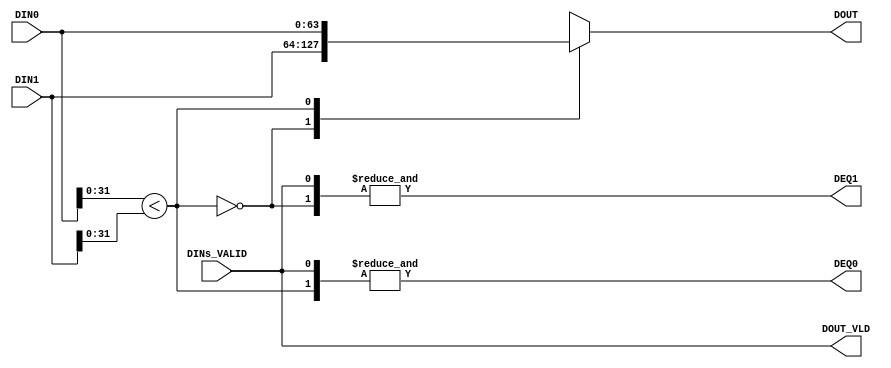
/******************************************************************************/
/* A merge sorter tree                                       Ryohei Kobayashi */
/*                                                         Version 2017-12-09 */
/******************************************************************************/
`default_nettype none

/***** A sorter cell                                                      *****/
/******************************************************************************/
module SORTER_CELL #(parameter              DATW = 64,
                     parameter              KEYW = 32)
                    (input  wire [DATW-1:0] DIN0,
                     input  wire [DATW-1:0] DIN1,
                     input  wire            DINs_VALID,
                     output wire            DEQ0,
                     output wire            DEQ1,
                     output wire [DATW-1:0] DOUT,
                     output wire            DOUT_VLD);

  function [DATW-1:0] mux;
    input [DATW-1:0] a;
    input [DATW-1:0] b;
    input            sel;
    begin
      case (sel)
        1'b0: mux = a;
        1'b1: mux = b;
      endcase
    end
  endfunction

  wire comp_rslt = (DIN0[KEYW-1:0] < DIN1[KEYW-1:0]);
  wire enq       = DINs_VALID;

  assign DEQ0     = &{enq,  comp_rslt};
  assign DEQ1     = &{enq, ~comp_rslt};
  assign DOUT     = mux(DIN1, DIN0, comp_rslt);
  assign DOUT_VLD = enq;
  
endmodule


/***** A FIFO with only two entries                                       *****/
/******************************************************************************/
module TWO_ENTRY_FIFO #(parameter                    FIFO_WIDTH = 64)  // fifo width in bit
                       (input  wire                  CLK, 
                        input  wire                  RST, 
                        input  wire                  enq, 
                        input  wire                  deq, 
                        input  wire [FIFO_WIDTH-1:0] din, 
                        output wire [FIFO_WIDTH-1:0] dot, 
                        output wire                  emp, 
                        output wire                  full, 
                        output reg  [1:0]            cnt);
  
  reg                  head, tail;
  reg [FIFO_WIDTH-1:0] mem [1:0];

  assign emp  = (cnt == 0);
  // assign full = (cnt == 2);
  assign full = (cnt >= 1);
  assign dot  = mem[head];

  always @(posedge CLK) begin
    if (RST) {cnt, head, tail} <= 0;
    else begin
      case ({enq, deq})
        2'b01: begin                 head<=~head;              cnt<=cnt-1; end
        2'b10: begin mem[tail]<=din;              tail<=~tail; cnt<=cnt+1; end
        2'b11: begin mem[tail]<=din; head<=~head; tail<=~tail;             end
      endcase
    end
  end
  
endmodule


/***** A Distributed RAM-based FIFO                                       *****/
/******************************************************************************/
module DFIFO #(parameter                    FIFO_SIZE  =  4,  // size in log scale, 4 for 16 entry
               parameter                    FIFO_WIDTH = 32)  // fifo width in bit
              (input  wire                  CLK, 
               input  wire                  RST, 
               input  wire                  enq, 
               input  wire                  deq, 
               input  wire [FIFO_WIDTH-1:0] din, 
               output wire [FIFO_WIDTH-1:0] dot, 
               output wire                  emp, 
               output wire                  full, 
               output reg  [FIFO_SIZE:0]    cnt);
  
  reg [FIFO_SIZE-1:0]  head, tail;
  reg [FIFO_WIDTH-1:0] mem [(1<<FIFO_SIZE)-1:0];

  assign emp  = (cnt==0);
  assign full = (cnt>=(1<<FIFO_SIZE)-1);
  assign dot  = mem[head];
  
  always @(posedge CLK) begin
    if (RST) {cnt, head, tail} <= 0;
    else begin
      case ({enq, deq})
        2'b01: begin                 head<=head+1;               cnt<=cnt-1; end
        2'b10: begin mem[tail]<=din;               tail<=tail+1; cnt<=cnt+1; end
        2'b11: begin mem[tail]<=din; head<=head+1; tail<=tail+1;             end
      endcase
    end
  end
endmodule


/***** An SRL(Shift Register LUT)-based FIFO                              *****/
/******************************************************************************/
module SRL_FIFO #(parameter                    FIFO_SIZE  = 4,   // size in log scale, 4 for 16 entry
                  parameter                    FIFO_WIDTH = 32)  // fifo width in bit
                 (input  wire                  CLK,
                  input  wire                  RST,
                  input  wire                  enq,
                  input  wire                  deq,
                  input  wire [FIFO_WIDTH-1:0] din,
                  output wire [FIFO_WIDTH-1:0] dot,
                  output wire                  emp,
                  output wire                  full,
                  output reg  [FIFO_SIZE:0]    cnt);

  reg  [FIFO_SIZE-1:0]  head;
  reg  [FIFO_WIDTH-1:0] mem [(1<<FIFO_SIZE)-1:0];
  
  assign emp  = (cnt==0);
  assign full = (cnt==(1<<FIFO_SIZE));
  assign dot  = mem[head];
    
  always @(posedge CLK) begin
    if (RST) begin
      cnt  <= 0;
      head <= {(FIFO_SIZE){1'b1}};
    end else begin
      case ({enq, deq})
        2'b01: begin cnt <= cnt - 1; head <= head - 1; end
        2'b10: begin cnt <= cnt + 1; head <= head + 1; end
      endcase
    end
  end

  integer i;
  always @(posedge CLK) begin
    if (enq) begin
      mem[0] <= din;
      for (i=1; i<(1<<FIFO_SIZE); i=i+1) mem[i] <= mem[i-1];
    end
  end
  
endmodule


/*****  A multi-channel FIFO                                              *****/
/******************************************************************************/
module MULTI_CHANNEL_FIFO #(parameter                    C_LOG      = 2,  // # of channels in log scale
                            parameter                    FIFO_SIZE  = 2,  // FIFO depth of each channel in log scale
                            parameter                    FIFO_WIDTH = 32)
                           (input  wire                  CLK,
                            input  wire                  RST,
                            input  wire                  same_request,
                            input  wire                  enq,
                            input  wire [C_LOG-1:0]      enq_idx,
                            input  wire                  deq,
                            input  wire [C_LOG-1:0]      deq_idx,
                            input  wire [C_LOG-1:0]      _deq_idx,
                            input  wire [FIFO_WIDTH-1:0] din,
                            output reg  [FIFO_WIDTH-1:0] dot,
                            output wire [(1<<C_LOG)-1:0] emp,
                            output wire [(1<<C_LOG)-1:0] full,
                            output wire [(1<<C_LOG)-1:0] one_elem);

  // FIFO_SIZE-1 -> FIFO_SIZE (to generate emp and full)
  reg [FIFO_SIZE:0] head_list [(1<<C_LOG)-1:0];
  reg [FIFO_SIZE:0] tail_list [(1<<C_LOG)-1:0];

  reg [FIFO_WIDTH-1:0] mem [(1<<(C_LOG+FIFO_SIZE))-1:0];
     
  genvar i;
  generate
    for (i=0; i<(1<<C_LOG); i=i+1) begin: channels
      wire [FIFO_SIZE:0] next_head = head_list[i] + 1;
      assign emp[i]      = (head_list[i] == tail_list[i]);
      assign full[i]     = (head_list[i] == {~tail_list[i][FIFO_SIZE], tail_list[i][FIFO_SIZE-1:0]});
      assign one_elem[i] = (next_head == tail_list[i]);
    end
  endgenerate
  
  wire [(C_LOG+FIFO_SIZE)-1:0] raddr = {_deq_idx, head_list[_deq_idx][FIFO_SIZE-1:0]};
  wire [(C_LOG+FIFO_SIZE)-1:0] waddr = {enq_idx, tail_list[enq_idx][FIFO_SIZE-1:0]};
  wire [(C_LOG+FIFO_SIZE)-1:0] raddr_4_same_req = {_deq_idx, (head_list[_deq_idx][FIFO_SIZE-1:0] + 1'b1)};
  
  always @(posedge CLK) dot <= mem[(same_request) ? raddr_4_same_req : raddr];

  integer p;
  always @(posedge CLK) begin
    if (RST) begin
      for (p=0; p<(1<<C_LOG); p=p+1) begin
        head_list[p] <= 0; 
        tail_list[p] <= 0;
      end
    end else begin
      case ({enq, deq})
        2'b01: begin 
          head_list[deq_idx] <= head_list[deq_idx] + 1;
        end
        2'b10: begin 
          mem[waddr]         <= din;
          tail_list[enq_idx] <= tail_list[enq_idx] + 1; 
        end
        2'b11: begin 
          mem[waddr]         <= din; 
          head_list[deq_idx] <= head_list[deq_idx] + 1; 
          tail_list[enq_idx] <= tail_list[enq_idx] + 1; 
        end
      endcase
    end
  end
  
endmodule
  

/*****  A Block RAM-based buffer layer                                    *****/
/******************************************************************************/
module RAM_LAYER #(parameter                    W_LOG      = 2,
                   parameter                    FIFO_SIZE  = 2,
                   parameter                    FIFO_WIDTH = 32)
                  (input  wire                  CLK,
                   input  wire                  RST,
                   input  wire                  SAME_REQUEST,  // note!!!
                   input  wire                  ENQ,
                   input  wire [W_LOG-1:0]      ENQ_IDX,
                   input  wire                  DEQ0,
                   input  wire                  DEQ1,
                   input  wire [W_LOG-2:0]      DEQ_IDX,
                   input  wire [W_LOG-2:0]      _DEQ_IDX,
                   input  wire [FIFO_WIDTH-1:0] DIN, 
                   output wire [FIFO_WIDTH-1:0] DOT0,
                   output wire [FIFO_WIDTH-1:0] DOT1,
                   output wire                  EMP0,
                   output wire                  EMP1,
                   output wire                  ONE_ELEM0,
                   output wire                  ONE_ELEM1);

  wire                      even_enq = &{ENQ, ~ENQ_IDX[0]};
  wire                      odd_enq  = &{ENQ,  ENQ_IDX[0]};
  wire [W_LOG-2:0]          enq_idx  = (ENQ_IDX >> 1);
  wire                      even_deq = DEQ0;
  wire                      odd_deq  = DEQ1;
  wire [W_LOG-2:0]          deq_idx  = DEQ_IDX;
  wire [W_LOG-2:0]          _deq_idx = _DEQ_IDX;
  wire [FIFO_WIDTH-1:0]     din      = DIN;
  wire [FIFO_WIDTH-1:0]     even_dot, odd_dot;
  wire [(1<<(W_LOG-1))-1:0] even_emp, odd_emp;
  wire [(1<<(W_LOG-1))-1:0] even_full, odd_full;
  wire [(1<<(W_LOG-1))-1:0] even_one_elem, odd_one_elem;
  
  MULTI_CHANNEL_FIFO #((W_LOG-1), FIFO_SIZE, FIFO_WIDTH)
  even_numbered_fifo(CLK, RST, SAME_REQUEST, even_enq, enq_idx, even_deq, deq_idx, _deq_idx, din, 
                     even_dot, even_emp, even_full, even_one_elem);
  MULTI_CHANNEL_FIFO #((W_LOG-1), FIFO_SIZE, FIFO_WIDTH)
  odd_numbered_fifo(CLK, RST, SAME_REQUEST, odd_enq, enq_idx, odd_deq, deq_idx, _deq_idx, din, 
                    odd_dot, odd_emp, odd_full, odd_one_elem);
  
  // Output
  assign DOT0 = even_dot;
  assign DOT1 = odd_dot;
  assign EMP0 = even_emp[_deq_idx];
  assign EMP1 = odd_emp[_deq_idx];
  assign ONE_ELEM0 = even_one_elem[_deq_idx];
  assign ONE_ELEM1 = odd_one_elem[_deq_idx];
  
endmodule


/*****  A body of the sorter stage                                        *****/
/******************************************************************************/
module SORTER_STAGE_BODY #(parameter               W_LOG     = 2,
                           parameter               Q_SIZE    = 2,
                           parameter               FIFO_SIZE = 2,
                           parameter               DATW      = 64,
                           parameter               KEYW      = 32) 
                          (input  wire             CLK,
                           input  wire             RST,
                           input  wire             QUEUE_IN_FULL,
                           input  wire [W_LOG-2:0] I_REQUEST,
                           input  wire             I_REQUEST_VALID,
                           input  wire [DATW-1:0]  DIN,
                           input  wire             DINEN,
                           input  wire [W_LOG-1:0] DIN_IDX,
                           output wire             QUEUE_FULL,
                           output wire [W_LOG-1:0] O_REQUEST,
                           output wire             O_REQUEST_VALID,
                           output wire [DATW-1:0]  DOT,
                           output wire             DOTEN,
                           output wire [W_LOG-2:0] DOT_IDX);
  
  function [W_LOG-1:0] request_gen;
    input [W_LOG-1:0] in;
    input [1:0]       sel;
    begin
      case (sel)
        2'b01: request_gen = (in << 1);
        2'b10: request_gen = (in << 1) + 1;
      endcase
    end
  endfunction
  
  wire             queue_enq;
  wire             queue_deq;
  wire [W_LOG-2:0] queue_din;
  wire [W_LOG-2:0] queue_dot;
  wire             queue_emp;
  wire             queue_ful; 
  wire [Q_SIZE:0]  queue_cnt; 
  
  wire             ram_layer_enq;
  wire [W_LOG-1:0] ram_layer_enq_idx;
  wire             ram_layer_deq0;
  wire             ram_layer_deq1;
  wire [W_LOG-2:0] ram_layer_deq_idx;
  wire [W_LOG-2:0] ram_layer__deq_idx;
  wire [DATW-1:0]  ram_layer_din;
  wire [DATW-1:0]  ram_layer_dot0;
  wire [DATW-1:0]  ram_layer_dot1;
  wire             ram_layer_emp0;
  wire             ram_layer_emp1;
  wire             ram_layer_almost_emp0;
  wire             ram_layer_almost_emp1;

  wire [DATW-1:0]  sorter_cell_din0;
  wire [DATW-1:0]  sorter_cell_din1;
  wire             sorter_cell_din_rdy;
  wire [DATW-1:0]  sorter_cell_dot;
  wire             sorter_cell_doten;

  reg [W_LOG-1:0]  request_4_emp;
  
  reg [W_LOG-2:0]  queue_dot_buf;
  reg              state;
  reg              comp_data_ready;
  reg              request_valid;

  reg [DATW-1:0]   unselected_data;
  reg              unselected_0;
  reg              unselected_1;
  reg              ram_layer_almost_emp0_buf;
  reg              ram_layer_almost_emp1_buf;
  
  wire             same_request;
  reg              same_request_buf;
  
  assign queue_enq           = I_REQUEST_VALID;
  assign queue_deq           = ~|{QUEUE_IN_FULL,queue_emp,ram_layer_emp0,ram_layer_emp1};
  assign queue_din           = I_REQUEST;

  assign ram_layer_enq       = DINEN;
  assign ram_layer_enq_idx   = DIN_IDX;
  assign ram_layer_deq_idx   = queue_dot_buf;
  assign ram_layer__deq_idx  = queue_dot;
  assign ram_layer_din       = DIN;
  
  assign sorter_cell_din0    = (same_request_buf && unselected_0) ? unselected_data : ram_layer_dot0;
  assign sorter_cell_din1    = (same_request_buf && unselected_1) ? unselected_data : ram_layer_dot1;
  assign sorter_cell_din_rdy = (same_request_buf)                 ? (~|{ram_layer_almost_emp0_buf,ram_layer_almost_emp1_buf}) : comp_data_ready;

  assign same_request        = &{sorter_cell_doten, queue_deq, (queue_dot_buf == queue_dot)};
  
  DFIFO #(Q_SIZE, W_LOG-1)
  request_queue(CLK, RST, queue_enq, queue_deq, queue_din, 
                queue_dot, queue_emp, queue_ful, queue_cnt);

  RAM_LAYER #(W_LOG, FIFO_SIZE, DATW)
  ram_layer(CLK, RST, same_request, ram_layer_enq, ram_layer_enq_idx, ram_layer_deq0, ram_layer_deq1, ram_layer_deq_idx, ram_layer__deq_idx, ram_layer_din, 
            ram_layer_dot0, ram_layer_dot1, ram_layer_emp0, ram_layer_emp1, ram_layer_almost_emp0, ram_layer_almost_emp1);
  
  SORTER_CELL #(DATW, KEYW)
  sorter_cell(sorter_cell_din0, sorter_cell_din1, sorter_cell_din_rdy, 
              ram_layer_deq0, ram_layer_deq1, sorter_cell_dot, sorter_cell_doten);

  always @(posedge CLK) begin
    if      (ram_layer_emp0) request_4_emp <= ({1'b0, queue_dot} << 1);
    else if (ram_layer_emp1) request_4_emp <= ({1'b0, queue_dot} << 1) + 1 ;
  end

  always @(posedge CLK) begin
    if (RST) begin
      queue_dot_buf   <= 0;
      state           <= 0;
      comp_data_ready <= 0;
      request_valid   <= 0;
    end else begin
      queue_dot_buf <= queue_dot;
      case (state)
        0: begin
          request_valid <= (~|{QUEUE_IN_FULL,queue_emp});
          if  (queue_deq) begin state <= 1; comp_data_ready <= 1; end
        end
        1: begin
          if (!queue_deq) begin state <= 0; comp_data_ready <= 0; request_valid <= 0; end
        end
      endcase
    end
  end

  always @(posedge CLK) same_request_buf <= same_request;
  
  always @(posedge CLK) begin
    case ({ram_layer_deq1,ram_layer_deq0})
      2'b01: begin 
        unselected_data           <= sorter_cell_din1;
        unselected_0              <= 0; 
        unselected_1              <= 1;
        ram_layer_almost_emp0_buf <= ram_layer_almost_emp0;
        ram_layer_almost_emp1_buf <= 0;
      end
      2'b10: begin 
        unselected_data           <= sorter_cell_din0; 
        unselected_0              <= 1; 
        unselected_1              <= 0; 
        ram_layer_almost_emp0_buf <= 0;
        ram_layer_almost_emp1_buf <= ram_layer_almost_emp1;
      end
    endcase
  end
  
  assign QUEUE_FULL      = queue_ful;
  assign O_REQUEST       = (comp_data_ready) ? request_gen({1'b0, queue_dot_buf}, {ram_layer_deq1,ram_layer_deq0}) : request_4_emp;
  assign O_REQUEST_VALID = (same_request_buf) ? (~|{ram_layer_almost_emp0_buf,ram_layer_almost_emp1_buf}) : request_valid;
  assign DOT             = sorter_cell_dot;
  assign DOTEN           = sorter_cell_doten;
  assign DOT_IDX         = queue_dot_buf;

endmodule


/*****  A root of the sorter stage                                        *****/
/******************************************************************************/
module SORTER_STAGE_ROOT #(parameter              FIFO_SIZE = 2,
                           parameter              DATW      = 64,
                           parameter              KEYW      = 32) 
                          (input  wire            CLK,
                           input  wire            RST,
                           input  wire            QUEUE_IN_FULL,
                           input  wire            IN_FULL,
                           input  wire [DATW-1:0] DIN,
                           input  wire            DINEN,
                           input  wire            DIN_IDX,
                           output wire            O_REQUEST,
                           output wire            O_REQUEST_VALID,
                           output wire [DATW-1:0] DOT,
                           output wire            DOTEN);

  wire               fifo0_enq;
  wire               fifo0_deq;
  wire [DATW-1:0]    fifo0_din;
  wire [DATW-1:0]    fifo0_dot;
  wire               fifo0_emp;
  wire               fifo0_ful; 
  wire [FIFO_SIZE:0] fifo0_cnt; 

  wire               fifo1_enq;
  wire               fifo1_deq;
  wire [DATW-1:0]    fifo1_din;
  wire [DATW-1:0]    fifo1_dot;
  wire               fifo1_emp;
  wire               fifo1_ful; 
  wire [FIFO_SIZE:0] fifo1_cnt; 

  wire               comp_data_ready;
  wire [DATW-1:0]    sorter_cell_dot;
  wire               sorter_cell_doten;
  
  assign fifo0_enq = &{DINEN, ~DIN_IDX};
  assign fifo0_din = DIN;

  assign fifo1_enq = &{DINEN,  DIN_IDX};
  assign fifo1_din = DIN;

  assign comp_data_ready = ~|{IN_FULL,fifo0_emp,fifo1_emp};
  
  SRL_FIFO #(FIFO_SIZE, DATW)
  fifo0(CLK, RST, fifo0_enq, fifo0_deq, fifo0_din, 
        fifo0_dot, fifo0_emp, fifo0_ful ,fifo0_cnt);
  SRL_FIFO #(FIFO_SIZE, DATW)
  fifo1(CLK, RST, fifo1_enq, fifo1_deq, fifo1_din, 
        fifo1_dot, fifo1_emp, fifo1_ful ,fifo1_cnt);

  SORTER_CELL #(DATW, KEYW)
  sorter_cell(fifo0_dot, fifo1_dot, comp_data_ready, 
              fifo0_deq, fifo1_deq, sorter_cell_dot, sorter_cell_doten);

  // Output
  assign O_REQUEST       = (comp_data_ready) ? fifo1_deq : ~fifo0_emp;
  assign O_REQUEST_VALID = ~|{QUEUE_IN_FULL, IN_FULL};
  assign DOT             = sorter_cell_dot;
  assign DOTEN           = sorter_cell_doten;
  
endmodule


/***** A tree of sorter stage                                             *****/
/******************************************************************************/
module SORTER_STAGE_TREE #(parameter               W_LOG     = 2,
                           parameter               Q_SIZE    = 2,
                           parameter               FIFO_SIZE = 2,
                           parameter               DATW      = 64,
                           parameter               KEYW      = 32)
                          (input  wire             CLK,
                           input  wire             RST, 
                           input  wire             QUEUE_IN_FULL,
                           input  wire             IN_FULL,
                           input  wire [DATW-1:0]  DIN,
                           input  wire             DINEN,
                           input  wire [W_LOG-1:0] DIN_IDX,
                           output wire [W_LOG-1:0] O_REQUEST,
                           output wire             O_REQUEST_VALID,
                           output wire [DATW-1:0]  DOT,
                           output wire             DOTEN);

  genvar i;
  generate
    for (i=0; i<W_LOG; i=i+1) begin: stage
      wire            queue_in_full;
      wire [DATW-1:0] din;
      wire            dinen;
      wire [i:0]      din_idx;
      wire [i:0]      o_request;
      wire            o_request_valid;
      wire [DATW-1:0] dot;
      wire            doten;
      if (i == 0) begin: root
        wire in_full;
        SORTER_STAGE_ROOT #(FIFO_SIZE, DATW, KEYW)
        sorter_stage_root(CLK, RST, queue_in_full, in_full, din, dinen, din_idx, 
                          o_request, o_request_valid, dot, doten);
      end else begin: body
        wire [i-1:0] i_request;
        wire         i_request_valid;
        wire         queue_full;
        wire [i-1:0] dot_idx;
        SORTER_STAGE_BODY #((i+1), Q_SIZE, FIFO_SIZE, DATW, KEYW)
        sorter_stage_body(CLK, RST, queue_in_full, i_request, i_request_valid, din, dinen, din_idx, 
                          queue_full, o_request, o_request_valid, dot, doten, dot_idx);
      end
    end
  endgenerate

  generate
    for (i=0; i<W_LOG; i=i+1) begin: connection
      if (i == W_LOG-1) begin
        assign stage[W_LOG-1].queue_in_full    = QUEUE_IN_FULL;
        assign O_REQUEST                       = stage[W_LOG-1].o_request;
        assign O_REQUEST_VALID                 = stage[W_LOG-1].o_request_valid;
        assign stage[W_LOG-1].din              = DIN;
        assign stage[W_LOG-1].dinen            = DINEN;
        assign stage[W_LOG-1].din_idx          = DIN_IDX;
      end else begin
        assign stage[i].queue_in_full          = stage[i+1].body.queue_full;
        assign stage[i+1].body.i_request       = stage[i].o_request;
        assign stage[i+1].body.i_request_valid = stage[i].o_request_valid;
        assign stage[i].din                    = stage[i+1].dot;
        assign stage[i].dinen                  = stage[i+1].doten;
        assign stage[i].din_idx                = stage[i+1].body.dot_idx;
      end
    end
  endgenerate
  
  assign stage[0].root.in_full = IN_FULL;
  assign DOT                   = stage[0].dot;
  assign DOTEN                 = stage[0].doten;

endmodule


/*****  A multi-channel FIFO with one entry                               *****/
/******************************************************************************/
module _MULTI_CHANNEL_FIFO #(parameter                    C_LOG      = 2,  // # of channels in log scale
                             parameter                    FIFO_WIDTH = 32)
                            (input  wire                  CLK,
                             input  wire                  RST,
                             input  wire                  enq,
                             input  wire [C_LOG-1:0]      enq_idx,
                             input  wire                  deq,
                             input  wire [C_LOG-1:0]      deq_idx,
                             input  wire [FIFO_WIDTH-1:0] din,
                             output reg  [FIFO_WIDTH-1:0] dot,
                             output wire [(1<<C_LOG)-1:0] emp,
                             output wire [(1<<C_LOG)-1:0] full);

  reg [(1<<C_LOG)-1:0] head_list;
  reg [(1<<C_LOG)-1:0] tail_list;

  reg [FIFO_WIDTH-1:0] mem [(1<<C_LOG)-1:0];
     
  genvar i;
  generate
    for (i=0; i<(1<<C_LOG); i=i+1) begin: channels
      assign emp[i]  = (head_list[i] ==  tail_list[i]);
      assign full[i] = (head_list[i] == ~tail_list[i]);
    end
  endgenerate
  
  wire [C_LOG-1:0] raddr = deq_idx;
  wire [C_LOG-1:0] waddr = enq_idx;
  
  always @(posedge CLK) dot <= mem[raddr];

  always @(posedge CLK) begin
    if (RST) begin
      head_list <= 0;
      tail_list <= 0;
    end else begin
      case ({enq, deq})
        2'b01: begin 
          head_list[deq_idx] <= ~head_list[deq_idx];
        end
        2'b10: begin 
          mem[waddr]         <= din;
          tail_list[enq_idx] <= ~tail_list[enq_idx]; 
        end
        2'b11: begin 
          mem[waddr]         <= din; 
          head_list[deq_idx] <= ~head_list[deq_idx]; 
          tail_list[enq_idx] <= ~tail_list[enq_idx]; 
        end
      endcase
    end
  end
  
endmodule
  

/***** A BlockRAM module                                                  *****/
/******************************************************************************/
module BRAM #(parameter               M_LOG = 2,  // memory size in log scale
              parameter               DATW  = 64)
             (input  wire             CLK,
              input  wire             WE,
              input  wire [M_LOG-1:0] RADDR,
              input  wire [M_LOG-1:0] WADDR,
              input  wire [DATW-1:0]  DIN,
              output reg  [DATW-1:0]  DOT);

  reg [DATW-1:0] mem [(1<<M_LOG)-1:0];
  
  always @(posedge CLK) DOT  <= mem[RADDR];
  always @(posedge CLK) if (WE) mem[WADDR] <= DIN;
  
endmodule  


/***** A tree filler                                                      *****/
/******************************************************************************/
module TREE_FILLER #(parameter                       W_LOG     = 2,
                     parameter                       P_LOG     = 3,  // sorting network size in log scale
                     parameter                       Q_SIZE    = 2,
                     parameter                       DATW      = 64)
                    (input  wire                     CLK,
                     input  wire                     RST,
                     input  wire [W_LOG-1:0]         I_REQUEST,
                     input  wire                     I_REQUEST_VALID,
                     input  wire [(DATW<<P_LOG)-1:0] DIN,
                     input  wire                     DINEN,
                     input  wire [W_LOG-1:0]         DIN_IDX,
                     output wire                     QUEUE_FULL,
                     output wire [DATW-1:0]          DOT,
                     output wire                     DOTEN,
                     output wire [W_LOG-1:0]         DOT_IDX,
                     output wire [(1<<W_LOG)-1:0]    emp);
  
  localparam NUM_RECORD = (1<<P_LOG);

  wire                  queue_enq;
  wire                  queue_deq;
  wire [W_LOG-1:0]      queue_din;
  wire [W_LOG-1:0]      queue_dot;
  wire                  queue_emp;
  wire                  queue_ful; 
  wire [Q_SIZE:0]       queue_cnt;

  reg  [W_LOG-1:0]      queue_dot_buf;

  wire                  bram_we;
  wire [W_LOG-1:0]      bram_raddr;
  wire [W_LOG-1:0]      bram_waddr;
  wire [DATW-1:0]       bram_din [NUM_RECORD-1:0];
  wire [DATW-1:0]       bram_dot [NUM_RECORD-1:0];

  reg  [P_LOG-1:0]      head_list [(1<<W_LOG)-1:0];
  wire [(1<<W_LOG)-1:0] emp_list;
  
  reg                   data_ready;

  assign queue_enq  = I_REQUEST_VALID;
  assign queue_deq  = ~|{queue_emp, emp_list[queue_dot]};
  assign queue_din  = I_REQUEST;

  assign bram_we    = DINEN;
  assign bram_raddr = queue_dot;
  assign bram_waddr = DIN_IDX;
  
  DFIFO #(Q_SIZE, W_LOG)
  request_queue(CLK, RST, queue_enq, queue_deq, queue_din, 
                queue_dot, queue_emp, queue_ful, queue_cnt);
  
  genvar i;
  generate
    for (i=0; i<NUM_RECORD; i=i+1) begin: entries
      assign bram_din[i] = DIN[DATW*(i+1)-1:DATW*i];
      BRAM #(W_LOG, DATW)
      bram(CLK, bram_we, bram_raddr, bram_waddr, bram_din[i], bram_dot[i]);
    end
    for (i=0; i<(1<<W_LOG); i=i+1) begin: logical_fifo
      reg [P_LOG:0] head;  // P_LOG-1 -> P_LOG (to generate emp)
      always @(posedge CLK) begin
        if (RST) begin
          head <= NUM_RECORD;
        end else begin
          case ({&{bram_we,(bram_waddr == i)}, &{queue_deq,(bram_raddr == i)}})
            2'b01: head <= head + 1;
            2'b10: head <= 0;
          endcase
        end
      end
      always @(posedge CLK) begin
        head_list[i] <= head[P_LOG-1:0];
      end
      assign emp_list[i] = head[P_LOG];
    end
  endgenerate
  
  always @(posedge CLK) queue_dot_buf <= queue_dot;
  always @(posedge CLK) data_ready    <= (RST) ? 0 : queue_deq;
    
  // Output
  assign QUEUE_FULL = queue_ful;
  assign DOT        = bram_dot[head_list[queue_dot_buf]];
  assign DOTEN      = data_ready;
  assign DOT_IDX    = queue_dot_buf;
  assign emp        = emp_list;
  
endmodule
  
// module TREE_FILLER #(parameter                       W_LOG     = 2,
//                      parameter                       P_LOG     = 3,  // sorting network size in log scale
//                      parameter                       Q_SIZE    = 2,
//                      parameter                       FIFO_SIZE = 2,
//                      parameter                       DATW      = 64)
//                     (input  wire                     CLK,
//                      input  wire                     RST,
//                      input  wire [W_LOG-1:0]         I_REQUEST,
//                      input  wire                     I_REQUEST_VALID,
//                      input  wire [(DATW<<P_LOG)-1:0] DIN,
//                      input  wire                     DINEN,
//                      input  wire [W_LOG-1:0]         DIN_IDX,
//                      output wire                     QUEUE_FULL,
//                      output wire [DATW-1:0]          DOT,
//                      output wire                     DOTEN,
//                      output wire [W_LOG-1:0]         DOT_IDX,
//                      output wire [(1<<W_LOG)-1:0]    emp);
  
//   localparam NUM_RECORD = (1<<P_LOG);

//   wire                     queue_enq;
//   wire                     queue_deq;
//   wire [W_LOG-1:0]         queue_din;
//   wire [W_LOG-1:0]         queue_dot;
//   wire                     queue_emp;
//   wire                     queue_ful; 
//   // wire [1:0]               queue_cnt; 
//   wire [Q_SIZE:0]          queue_cnt; 

//   wire                     mfifo_enq;
//   wire [W_LOG-1:0]         mfifo_enq_idx;
//   wire                     mfifo_deq;
//   wire [W_LOG-1:0]         mfifo_deq_idx;
//   wire [(DATW<<P_LOG)-1:0] mfifo_din;
//   wire [(DATW<<P_LOG)-1:0] mfifo_dot;
//   wire [(1<<W_LOG)-1:0]    mfifo_emp;
//   wire [(1<<W_LOG)-1:0]    mfifo_ful;

//   reg  [(DATW<<P_LOG)-1:0] shifted_data;

//   reg  [P_LOG-1:0]         read_cnt [(1<<W_LOG)-1:0];
//   reg  [W_LOG-1:0]         read_raddr;
//   reg  [2:0]               read_state;
//   reg                      state_one;
//   reg                      data_ready;
//   reg                      requeue_deq;
//   reg  [(1<<W_LOG)-1:0]    almost_be_emp;
//   reg                      init_done;
//   reg [W_LOG-1:0]          init_deq_idx;

//   assign queue_enq     = I_REQUEST_VALID && init_done;
//   assign queue_deq     = state_one || &{requeue_deq,~queue_emp,(read_raddr == mfifo_deq_idx)};
//   assign queue_din     = I_REQUEST;

//   assign mfifo_enq     = DINEN;
//   assign mfifo_enq_idx = DIN_IDX;
//   assign mfifo_deq     = &{queue_deq,almost_be_emp[mfifo_deq_idx]};
//   assign mfifo_deq_idx = (init_done) ? queue_dot : init_deq_idx;
//   assign mfifo_din     = DIN;

//   // TWO_ENTRY_FIFO #(W_LOG)
//   DFIFO #(Q_SIZE, W_LOG)
//   request_queue(CLK, RST, queue_enq, queue_deq, queue_din, 
//                 queue_dot, queue_emp, queue_ful, queue_cnt);

//   _MULTI_CHANNEL_FIFO #(W_LOG, (DATW<<P_LOG))
//   _multi_channel_fifo(CLK, RST, mfifo_enq, mfifo_enq_idx, mfifo_deq, mfifo_deq_idx, mfifo_din, 
//                       mfifo_dot, mfifo_emp, mfifo_ful);

//   always @(posedge CLK) begin
//     shifted_data <= mfifo_dot >> (DATW * read_cnt[mfifo_deq_idx]);
//   end

//   integer p;  
//   always @(posedge CLK) begin
//     if (RST) begin
//       for (p=0; p<(1<<W_LOG); p=p+1) read_cnt[p] <= 0;
//       read_raddr    <= 0;
//       read_state    <= 0;
//       state_one     <= 0;
//       data_ready    <= 0;
//       requeue_deq   <= 0;
//       almost_be_emp <= 0;
//       ////// for init (begin)
//       init_done     <= 0;
//       init_deq_idx  <= 0;
//       ////// for init (end)
//     end else begin
//       case (read_state)
//         ////// for init (begin)
//         0: begin
//           if (!init_done) begin if (!emp[mfifo_deq_idx]) read_state <= 1; end
//           else            begin                          read_state <= 3; end
//         end
//         1: begin  // mfifo_dot has been set
//           read_raddr              <= mfifo_deq_idx;
//           read_state              <= 2;
//           read_cnt[mfifo_deq_idx] <= read_cnt[mfifo_deq_idx] + 1;
//           data_ready              <= 1;
//         end
//         2: begin  // shifted_data has been set
//           if (read_cnt[mfifo_deq_idx] == (1<<FIFO_SIZE)) begin
//             read_state   <= 0;
//             data_ready   <= 0;
//             init_deq_idx <= init_deq_idx + 1;
//             if (init_deq_idx == (1<<W_LOG)-1) begin
//               init_done <= 1;
//             end
//           end else begin
//             read_cnt[mfifo_deq_idx] <= read_cnt[mfifo_deq_idx] + 1;
//           end
//         end
//         ////// for init (end)
//         3: begin
//           data_ready <= 0;
//           if (~|{queue_emp,emp[mfifo_deq_idx]}) begin
//             read_state <= 4;
//             state_one  <= 1;
//           end
//         end
//         4: begin  // mfifo_dot has been set
//           read_raddr                <= mfifo_deq_idx;
//           read_state                <= (almost_be_emp[mfifo_deq_idx]) ? 3 : 5;
//           state_one                 <= 0;
//           read_cnt[mfifo_deq_idx]   <= read_cnt[mfifo_deq_idx] + 1;
//           data_ready                <= 1;
//           requeue_deq               <= 1;
//           almost_be_emp[mfifo_deq_idx] <= (read_cnt[mfifo_deq_idx] == NUM_RECORD-2);
//         end
//         5: begin  // shifted_data has been set
//           if (!queue_emp && (read_raddr == mfifo_deq_idx)) begin
//             read_cnt[mfifo_deq_idx]      <= read_cnt[mfifo_deq_idx] + 1;
//             almost_be_emp[mfifo_deq_idx] <= (read_cnt[mfifo_deq_idx] == NUM_RECORD-2);
//             if (almost_be_emp[mfifo_deq_idx]) begin
//               read_state  <= 3;
//               requeue_deq <= 0;
//             end
//           end else begin
//             read_state  <= 3;
//             data_ready  <= 0;
//             requeue_deq <= 0;
//           end
//         end
//       endcase
//     end
//   end

//   assign QUEUE_FULL = queue_ful;
//   assign DOT        = shifted_data[DATW-1:0];
//   assign DOTEN      = data_ready;
//   assign DOT_IDX    = read_raddr;
//   assign emp        = mfifo_emp;

// endmodule  


/***** A virtual merge sorter tree                                       *****/
/******************************************************************************/
module vMERGE_SORTER_TREE #(parameter                       W_LOG     = 2,
                            parameter                       P_LOG     = 3,
                            parameter                       Q_SIZE    = 2,
                            parameter                       FIFO_SIZE = 2,
                            parameter                       DATW      = 64,
                            parameter                       KEYW      = 32)
                           (input  wire                     CLK,
                            input  wire                     RST, 
                            input  wire                     IN_FULL,
                            input  wire [(DATW<<P_LOG)-1:0] DIN,
                            input  wire                     DINEN,
                            input  wire [W_LOG-1:0]         DIN_IDX,
                            output wire [DATW-1:0]          DOT,
                            output wire                     DOTEN,
                            output wire [(1<<W_LOG)-1:0]    emp);

  wire [W_LOG-1:0]         tree_filler_i_request;
  wire                     tree_filler_i_request_valid;
  wire [(DATW<<P_LOG)-1:0] tree_filler_din;
  wire                     tree_filler_dinen;
  wire [W_LOG-1:0]         tree_filler_din_idx;
  wire                     tree_filler_queue_full;
  wire [DATW-1:0]          tree_filler_dot;
  wire                     tree_filler_doten;
  wire [W_LOG-1:0]         tree_filler_dot_idx;
  wire [(1<<W_LOG)-1:0]    tree_filler_emp;

  wire                     sorter_stage_tree_in_full;
  wire [DATW-1:0]          sorter_stage_tree_dot;
  wire                     sorter_stage_tree_doten;
  
  assign tree_filler_din           = DIN;
  assign tree_filler_dinen         = DINEN;
  assign tree_filler_din_idx       = DIN_IDX;

  assign sorter_stage_tree_in_full = IN_FULL;
  
  TREE_FILLER #(W_LOG, P_LOG, Q_SIZE, DATW)
  // TREE_FILLER #(W_LOG, P_LOG, Q_SIZE, FIFO_SIZE, DATW)
  tree_filler(CLK, RST, tree_filler_i_request, tree_filler_i_request_valid, tree_filler_din, tree_filler_dinen, tree_filler_din_idx, 
              tree_filler_queue_full, tree_filler_dot, tree_filler_doten, tree_filler_dot_idx, tree_filler_emp);
  
  SORTER_STAGE_TREE #(W_LOG, Q_SIZE, FIFO_SIZE, DATW, KEYW)
  sorter_stage_tree(CLK, RST, tree_filler_queue_full, sorter_stage_tree_in_full, tree_filler_dot, tree_filler_doten, tree_filler_dot_idx, 
                     tree_filler_i_request, tree_filler_i_request_valid, sorter_stage_tree_dot, sorter_stage_tree_doten);
  
  // Output
  assign DOT   = sorter_stage_tree_dot;
  assign DOTEN = sorter_stage_tree_doten;
  assign emp   = tree_filler_emp;

endmodule  

`default_nettype wire